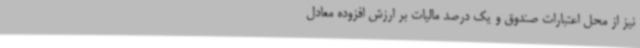
نیز از محل اعتبارات صندوق و یک‌ درصد مالیات بر ارزش افزوده معادل